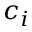
c _ { i }